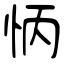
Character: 怲